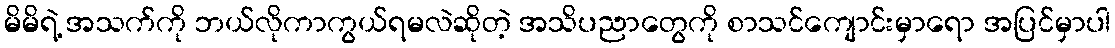
မိမိရဲ့ အသက်ကို ဘယ်လိုကာကွယ်ရမလဲဆိုတဲ့ အသိပညာတွေကို စာသင်ကျောင်းမှာရော အပြင်မှာပါ